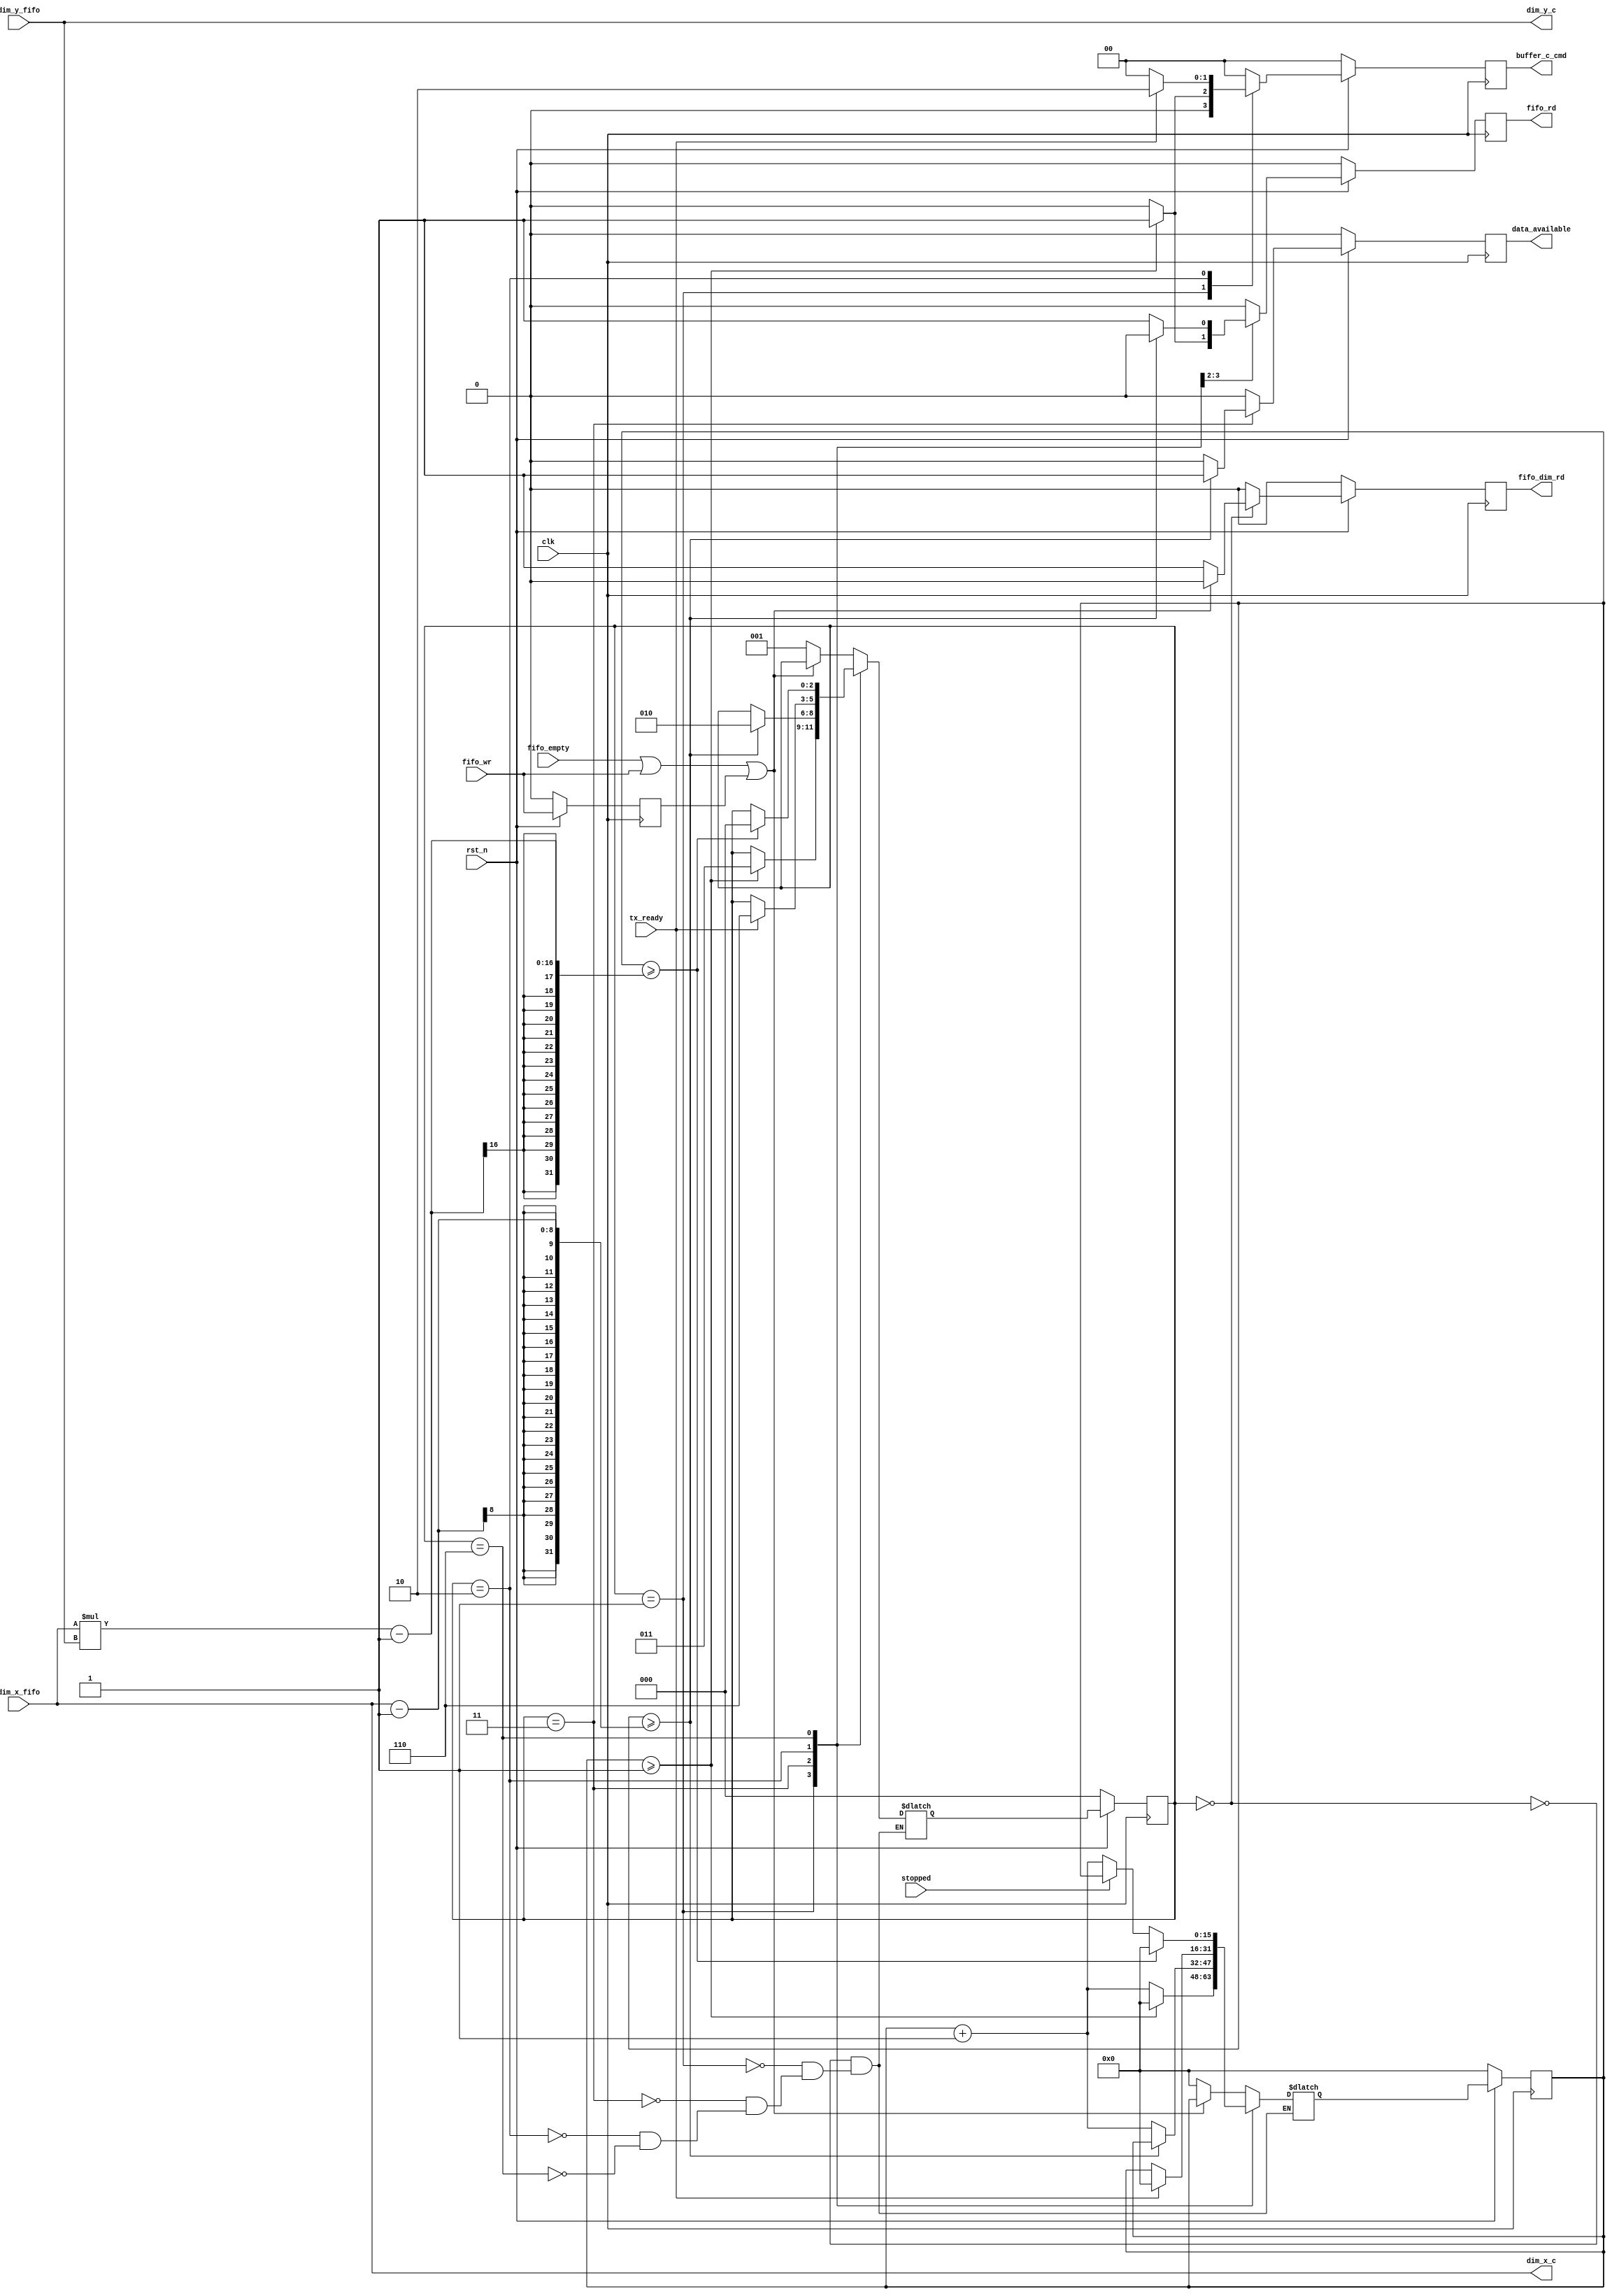

//TODO: Output controller operations
// 1. Wait for data write to fifo
// 2. Read matrix dimensions from fifo
// 3. Load matrix output matrix into output buffer
// 4. Wait for tx_ready signal assertion
// 5. Send output matrix to transmitter

module out_controller #(parameter MMU_SIZE = 10)
(
  input wire clk,
  input wire rst_n,
  /* FIFO signals */
  input wire fifo_empty,
  input wire fifo_wr,
  output reg fifo_rd,
  output reg fifo_dim_rd,
  input wire [7:0] dim_x_fifo,
  input wire [7:0] dim_y_fifo,
  /* Output buffer signals */
  output reg [1:0]  buffer_c_cmd,
  output wire [7:0] dim_x_c,
  output wire [7:0] dim_y_c,
  /* Tx signals */
  output reg data_available,
  input wire tx_ready,
  input wire stopped
  );

  localparam [2:0] STATE_IDLE    = 3'b000;
  localparam [2:0] STATE_DIM     = 3'b001;
  localparam [2:0] STATE_LOADING = 3'b011;
  localparam [2:0] STATE_WAITING = 3'b010;
  localparam [2:0] STATE_SENDING = 3'b110;

  localparam [1:0] BUFFER_NONE = 2'b00;
  localparam [1:0] BUFFER_LOAD = 2'b01;
  localparam [1:0] BUFFER_SEND = 2'b10;
  localparam [1:0] BUFFER_CLEAR = 2'b11;

  reg [2:0] state, state_nxt;
  reg [15:0] cycle_counter, cycle_counter_nxt;
  reg fifo_wr_last;
  reg fifo_rd_nxt, fifo_dim_rd_nxt;
  
  reg [1:0] buffer_c_cmd_nxt;
  reg data_available_nxt;

  always @(posedge clk) begin
    if (!rst_n) begin
      state <= STATE_IDLE;
      cycle_counter <= 0;
      fifo_wr_last <= 1'b0;
      fifo_rd <= 1'b0;
      fifo_dim_rd <= 1'b0;
      buffer_c_cmd <= BUFFER_NONE;
      data_available <= 1'b0;
    end
    else begin
      state <= state_nxt;
      cycle_counter <= cycle_counter_nxt;
      fifo_wr_last <= fifo_wr;
      fifo_rd <= fifo_rd_nxt;
      fifo_dim_rd <= fifo_dim_rd_nxt;
      buffer_c_cmd <= buffer_c_cmd_nxt;
      data_available <= data_available_nxt;
    end
  end

  always @* begin
    fifo_rd_nxt = 1'b0;
    fifo_dim_rd_nxt = 1'b0;
    buffer_c_cmd_nxt = BUFFER_NONE;
    data_available_nxt = 1'b0;
    case (state)
      STATE_IDLE: begin
        if (fifo_empty || fifo_wr || fifo_wr_last) begin
          state_nxt = state;
          cycle_counter_nxt = cycle_counter;
        end
        else begin
          state_nxt = STATE_DIM;
          cycle_counter_nxt = 0;
          fifo_dim_rd_nxt = 1'b1;
        end
      end
      STATE_DIM: begin
        if (cycle_counter >= 1) begin
          state_nxt = STATE_LOADING;
          cycle_counter_nxt = 0;
          fifo_rd_nxt = 1'b1;
          buffer_c_cmd_nxt = BUFFER_LOAD;
        end
        else begin
          state_nxt = state;
          cycle_counter_nxt = cycle_counter + 1;
        end
      end
      STATE_LOADING: begin
        if (cycle_counter >= (dim_x_fifo - 1)) begin
          state_nxt = STATE_WAITING;
          cycle_counter_nxt = cycle_counter;
          data_available_nxt = 1'b1;
        end
        else begin
          state_nxt = state;
          cycle_counter_nxt = cycle_counter + 1;
          fifo_rd_nxt = 1'b1;
        end
      end
      STATE_WAITING: begin
        if (tx_ready) begin
          state_nxt = STATE_SENDING;
          cycle_counter_nxt = 0;
          buffer_c_cmd_nxt = BUFFER_SEND;
        end
        else begin
          state_nxt = state;
          cycle_counter_nxt = cycle_counter;
        end
      end
      STATE_SENDING: begin
        if (cycle_counter >= (dim_x_fifo * dim_y_fifo - 1)) begin
          state_nxt = STATE_IDLE;
          cycle_counter_nxt = 0;
        end
        else begin
          state_nxt = state;
          cycle_counter_nxt = stopped ? cycle_counter : (cycle_counter + 1);
        end
      end
    endcase
  end

  assign dim_x_c = dim_x_fifo;
  assign dim_y_c = dim_y_fifo;

endmodule